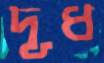
দূধ